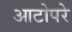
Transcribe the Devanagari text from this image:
आटोपरे